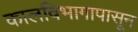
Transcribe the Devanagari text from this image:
कालविभागापासून